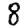
Digit: 8